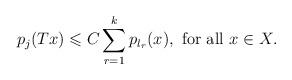
LaTeX: \begin{align*}p_{j}(Tx)\leqslant C \sum_{r=1}^{k}p_{l_{r}}(x), \textrm{ for all } x \in X.\end{align*}